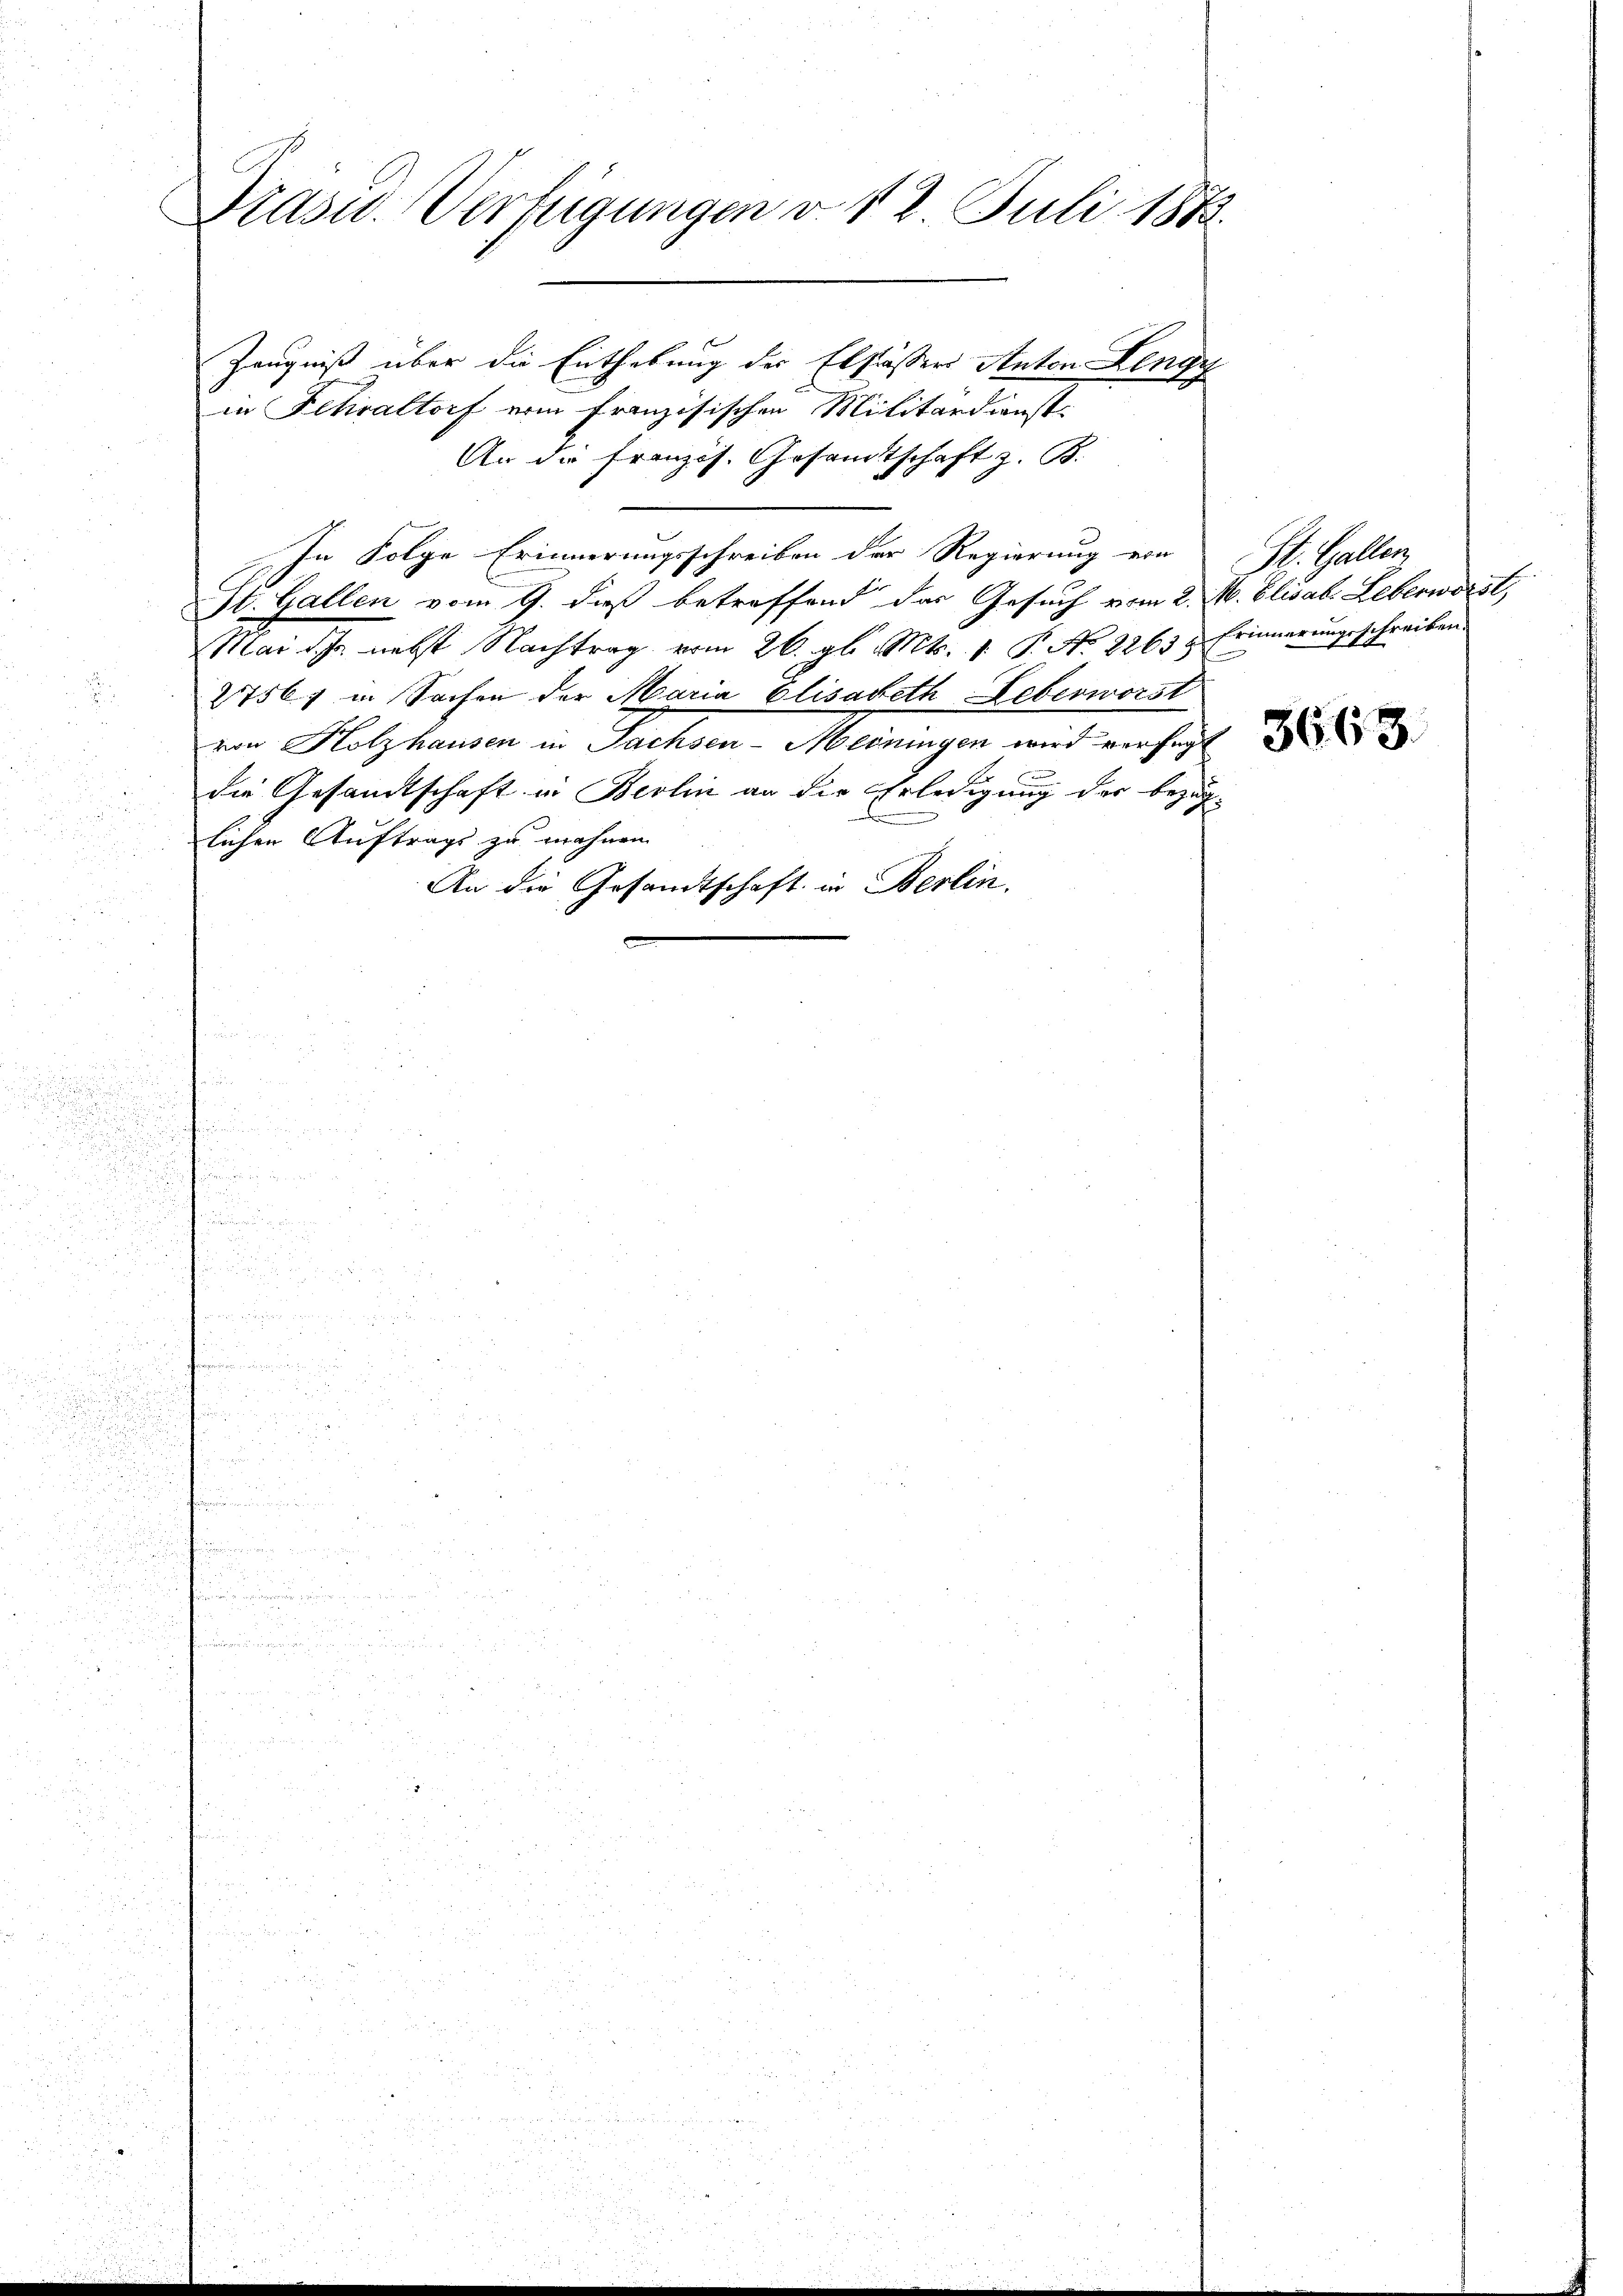
Präsid. Verfügungen d. 12. Juli 1872.
Zeugniß über die Enthebung der Elsässers Anton Lengy
in Fehraltorf ein französischen Militärdienst

An die französ. Gesandtschaft z. B.
In Folge Erinnerungsschreiben der Regierung ein
St. Gallen vom 9. dieß betreffend das Gesuch vom 2. M. Elisab. Leberworst,
Mai d. Js. nebst Nachtrag vom 26. gl. Mts. 1. P. No. 22635
2756) in Sachen der Maria Elisabeth Leberworst
von Holzhausen in Sachsen-Meöningen wird verfügt
f
die Gesandtschaft in Berlin an die Erledigung der bezüg-
lichen Auftrags zu wahnen
An die Gesandtschaft in Berlin.

St. Gallen
Erinnerungsschreiben.

3663.